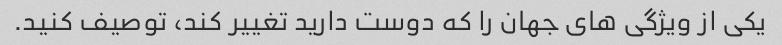
یکی از ویژگی های جهان را که دوست دارید تغییر کند، توصیف کنید.